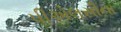
પીએલસીના